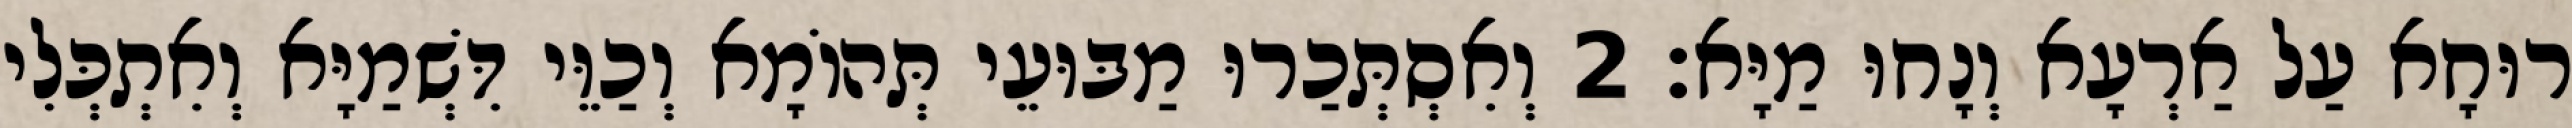
רוּחָא עַל אַרְעָא וְנָחוּ מַיָּא׃ 2 וְאִסְתְּכַרוּ מַבּוּעֵי תְּהוֹמָא וְכַוֵּי דִּשְׁמַיָּא וְאִתְכְּלִי